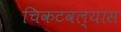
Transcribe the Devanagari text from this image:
चिकटवल्यास